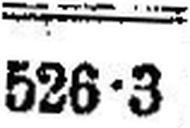
526•3